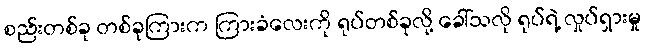
စည်းတစ်ခု တစ်ခုကြားက ကြားခံလေးကို ရုပ်တစ်ခုလို့ ခေါ်သလို ရုပ်ရဲ့ လှုပ်ရှားမှု